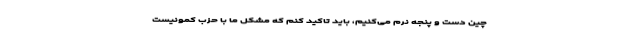
چین دست و پنجه نرم می‌کنیم، باید تاکید کنم که مشکل ما با حزب کمونیست